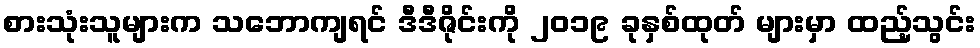
စားသုံးသူများက သဘောကျရင် ဒီဒီဇိုင်းကို ၂၀၁၉ ခုနှစ်ထုတ် များမှာ ထည့်သွင်း